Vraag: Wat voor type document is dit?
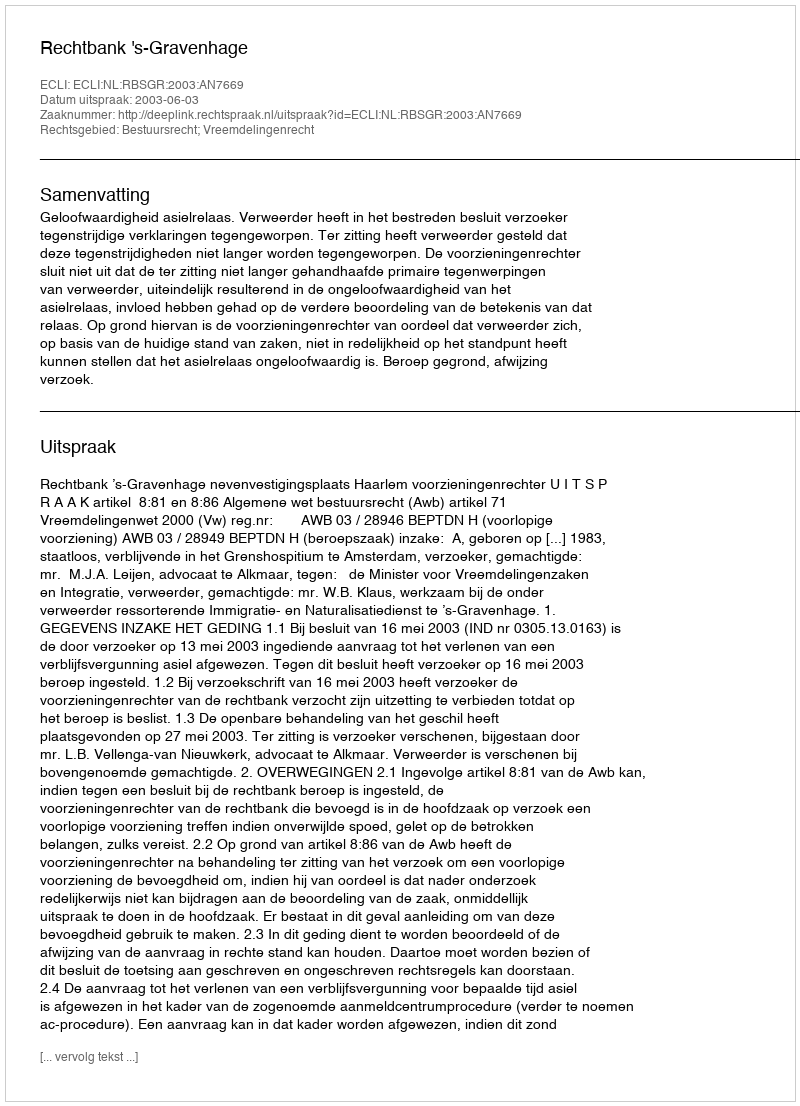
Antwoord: Uitspraak